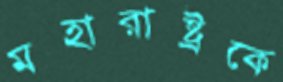
মহারাষ্ট্রকে